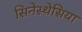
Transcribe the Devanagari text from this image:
सिनेस्थेसिया